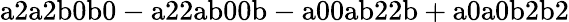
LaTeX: \mathrm{a2a2b0b0-a22ab00b-a00ab22b+a0a0b2b2}